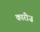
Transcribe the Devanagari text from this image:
कारीज़